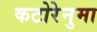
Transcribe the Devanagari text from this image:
कटोरेनुमा